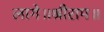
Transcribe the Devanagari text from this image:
लागे॥श्रीराम॥